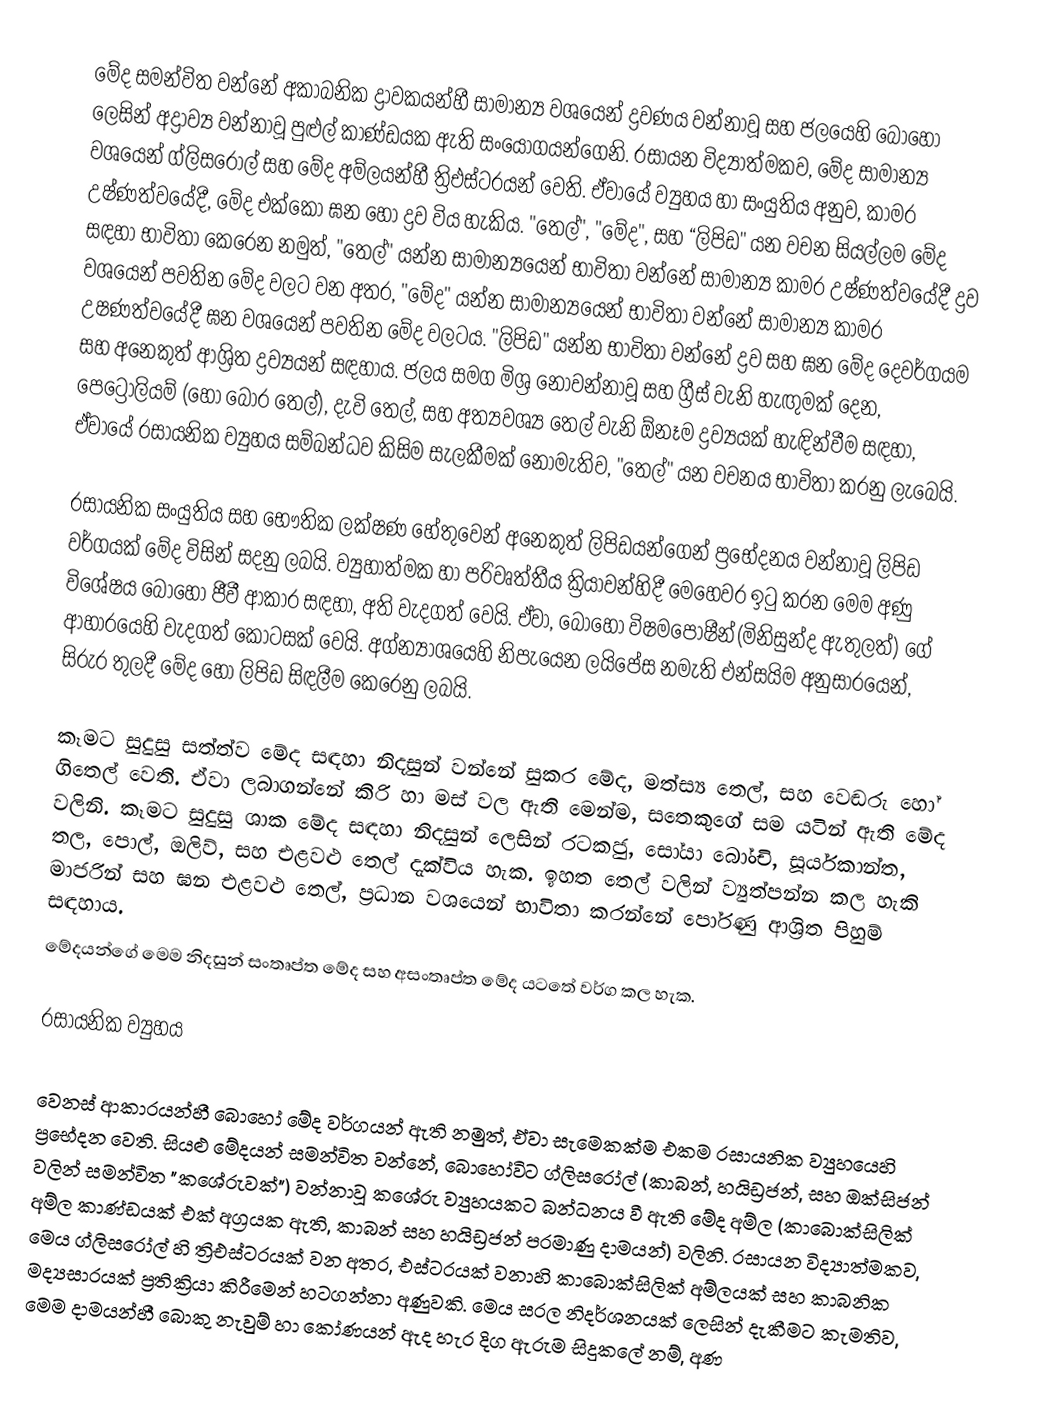
මේද සමන්විත වන්නේ අකාබනික ද්‍රාවකයන්හී සාමාන්‍ය වශයෙන් ද්‍රවණය වන්නාවූ සහ ජලයෙහි බොහෝ ලෙසින් අද්‍රාව්‍ය වන්නාවූ පුළුල් කාණ්ඩයක ඇති සංයෝගයන්ගෙනි. රසායන විද්‍යාත්මකව, මේද සාමාන්‍ය වශයෙන්  ග්ලිසරෝල් සහ මේද අම්ලයන්හී ත්‍රිඑස්ටරයන් වෙති. ඒවායේ ව්‍යුහය හා සංයුතිය අනුව, කාමර උෂ්ණත්වයේදී, මේද එක්කෝ ඝන හෝ  ද්‍රව විය හැකිය. "තෙල්", "මේද", සහ “ලිපිඩ" යන වචන සියල්ලම මේද සඳහා භාවිතා කෙරෙන නමුත්, "තෙල්" යන්න සාමාන්‍යයෙන් භාවිතා වන්නේ සාමාන්‍ය කාමර උෂ්ණත්වයේදී ද්‍රව වශයෙන් පවතින මේද වලට වන අතර,   "මේද" යන්න සාමාන්‍යයෙන් භාවිතා වන්නේ සාමාන්‍ය කාමර උෂණත්වයේදී ඝන වශයෙන් පවතින මේද වලටය. "ලිපිඩ" යන්න භාවිතා වන්නේ ද්‍රව සහ ඝන මේද දෙවර්ගයම සහ අනෙකුත් ආශ්‍රිත ද්‍රව්‍යයන් සඳහාය. ජලය සමග මිශ්‍ර නොවන්නාවූ සහ ග්‍රීස් වැනි හැඟුමක් දෙන, පෙට්‍රෝලියම් (හෝ  බොර තෙල්), දැවි තෙල්, සහ  අත්‍යවශ්‍ය තෙල් වැනි ඕනෑම ද්‍රව්‍යයක් හැඳින්වීම සඳහා, ඒවායේ රසායනික ව්‍යුහය සම්බන්ධව කිසිම සැලකීමක් නොමැතිව,  "තෙල්" යන වචනය භාවිතා කරනු ලැබෙයි.

රසායනික සංයුතිය සහ  භෞතික ලක්ෂණ හේතුවෙන් අනෙකුත් ලිපිඩයන්ගෙන් ප්‍රභේදනය වන්නාවූ ලිපිඩ වර්ගයක් මේද විසින් සදනු ලබයි. ව්‍යුහාත්මක හා පරිවෘත්තීය ක්‍රියාවන්හිදී මෙහෙවර ඉටු කරන මෙම අණු විශේෂය බොහෝ ජීවී ආකාර සඳහා,  අති වැදගත් වෙයි.  ඒවා,  බොහෝ  විෂමපෝෂීන්(මිනිසුන්ද ඇතුලත්) ගේ ආහාරයෙහි වැදගත් කොටසක් වෙයි. අග්න්‍යාශයෙහි නිපැයෙන ලයිපේස නමැති එන්සයිම අනුසාරයෙන්, සිරුර තුලදී මේද හෝ ලිපිඩ සිඳලීම කෙ‍රෙනු ලබයි.

කෑමට සුදුසු සත්ත්ව මේද සඳහා නිදසුන් වන්නේ සුකර මේද, මත්ස්‍ය තෙල්, සහ වෙඬරු හෝ  ගිතෙල් වෙති. ඒවා ලබාගන්නේ කිරි හා මස් වල ඇති මෙන්ම, සතෙකුගේ සම යටින් ඇති මේද වලිනි. කෑමට සුදුසු ශාක  මේද සඳහා නිදසුන් ලෙසින් රටකජු, සෝයා බෝංචි, සූර්යකාන්ත, තල, පොල්, ඔලිව්, සහ  එළවළු තෙල් දැක්විය හැක. ඉහත තෙල් වලින් ව්‍යුත්පන්න කල හැකි  මාජරින් සහ  ඝන එළවළු තෙල්, ප්‍රධාන වශයෙන් භාවිතා කරන්නේ පෝරණු ආශ්‍රිත පිහුම් සඳහාය.
මේදයන්ගේ මෙම නිදසුන් සංතෘප්ත මේද සහ අසංතෘප්ත මේද යටතේ වර්ග කල හැක.

රසායනික ව්‍යුහය

වෙනස් ආකාරයන්හී බොහෝ මේද වර්ගයන් ඇති නමුත්, ඒවා සැමෙකක්ම එකම රසායනික ව්‍යුහයෙහි ප්‍රභේදන වෙති.    සියළු මේදයන් සමන්විත වන්නේ, බොහෝවිට  ග්ලිසරෝල් (කාබන්, හයිඩ්‍රජන්, සහ ඔක්සිජන් වලින් සමන්විත "කශේරුවක්") වන්නාවූ කශේරු ව්‍යුහයකට බන්ධනය වී ඇති මේද අම්ල (කාබොක්සිලික් අම්ල කාණ්ඩයක් එක් අග්‍රයක ඇති,  කාබන් සහ  හයිඩ්‍රජන් පරමාණු දාමයන්) වලිනි. රසායන විද්‍යාත්මකව, මෙය ග්ලිසරෝල් හි ත්‍රිඑස්ටරයක් වන අතර, එස්ටරයක් වනාහි කාබොක්සිලික් අම්ලයක් සහ කාබනික මද්‍යසාරයක් ප්‍රතික්‍රියා කිරීමෙන් හටගන්නා අණුවකි. මෙය සරල නිදර්ශනයක් ලෙසින්  දැකීමට කැමතිව, මෙම දාමයන්හී බොකු නැවුම් හා කෝණයන් ඇද හැර දිග ඇරුම සිදුකලේ නම්, අණ